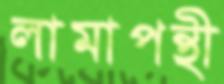
লামাপন্থী